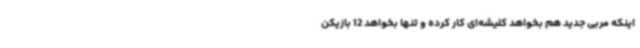
اینکه مربی جدید هم بخواهد کلیشه‌ای کار کرده و تنها بخواهد 12 بازیکن